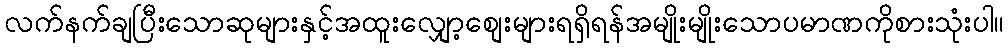
လက်နက်ချပြီးသောဆုများနှင့်အထူးလျှော့စျေးများရရှိရန်အမျိုးမျိုးသောပမာဏကိုစားသုံးပါ။